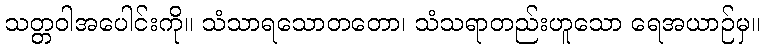
သတ္တဝါအပေါင်းကို။ သံသာရသောတတော၊ သံသရာတည်းဟူသော ရေအယာဉ်မှ။